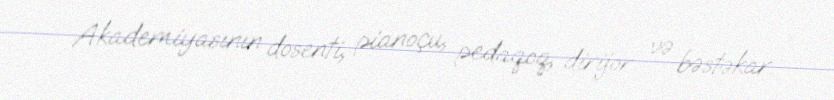
Akademiyasının dosenti, pianoçu, pedaqoq, dirijor və bəstəkar.